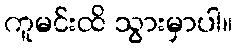
ကူမင်းထိ သွားမှာပါ။